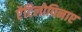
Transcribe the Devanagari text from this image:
ऐंटिलोपिनाए